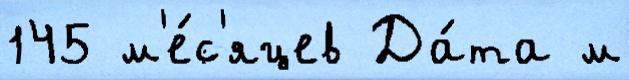
145 м'е́с'яцев Да́та м